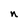
Character: n